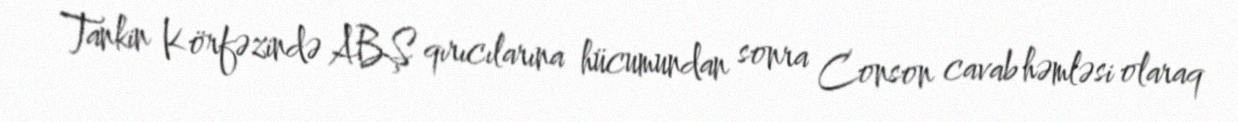
Tankin Körfəzində ABŞ qırıcılarına hücumundan sonra Conson cavab həmləsi olaraq